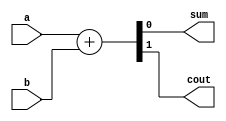
module half_adder_behav (
  a,
  b,
  sum,
  cout
);
  input   a;
  input   b;
  output  sum;
  output  cout;

  wire    sum;
  wire    cout;
  assign { cout, sum } = a + b;

  /*
  //
  // the second description method
  //
  wire    sum;
  wire    cout;
  assign  sum  = a ^ b;
  assign  cout = a & b;
  */

endmodule